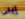
إيلى